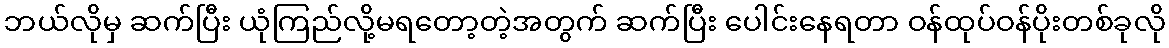
ဘယ်လိုမှ ဆက်ပြီး ယုံကြည်လို့မရတော့တဲ့အတွက် ဆက်ပြီး ပေါင်းနေရတာ ဝန်ထုပ်ဝန်ပိုးတစ်ခုလို